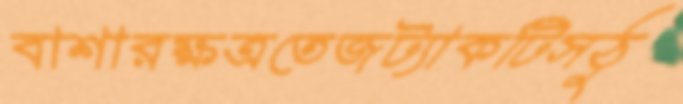
বাশারক্ষত্রতেজট্যাকটিসঠু